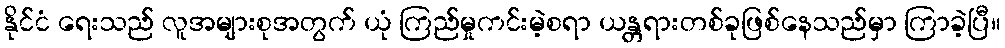
နိုင်ငံ ရေးသည် လူအများစုအတွက် ယုံ ကြည်မှုကင်းမဲ့စရာ ယန္တရားတစ်ခုဖြစ်နေသည်မှာ ကြာခဲ့ပြီ။